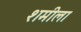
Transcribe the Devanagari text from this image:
शमीला